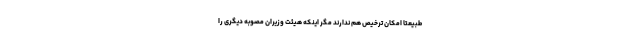
طبیعتاً امکان ترخیص هم ندارند مگر اینکه هیئت وزیران مصوبه دیگری را